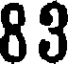
83